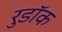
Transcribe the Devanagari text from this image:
रुडॉक